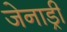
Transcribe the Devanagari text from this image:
जेनाड्री